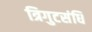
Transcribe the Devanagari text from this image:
त्रिगुटसंधि